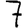
Digit: 7